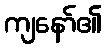
ကျနော်၏